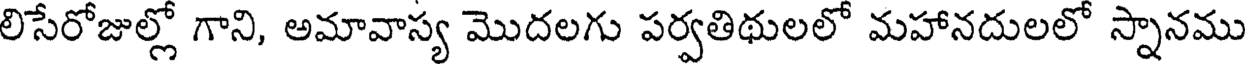
లిసేరోజుల్లో గాని, అమావాస్య మొదలగు పర్వతిథులలో మహానదులలో స్నానము